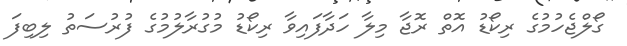
ގޯލްޖެހުމުގެ ރިކޯޑު އޮތް ރޮޖާ މިލާ ހަދާފައިވާ ރިކޯޑު މުގުރާލުމުގެ ފުރުސަތު ލިބިފަ